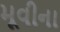
મૂવીના